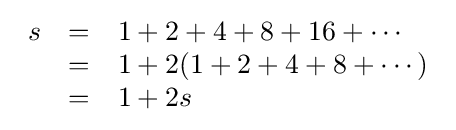
{\begin{array}{rcl}s&=&\displaystyle 1+2+4+8+16+\cdots \\&=&\displaystyle 1+2(1+2+4+8+\cdots )\\&=&\displaystyle 1+2s\end{array}}